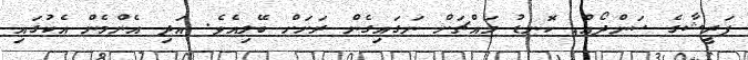
ފަރީޝާގެ ސަންދޯއް